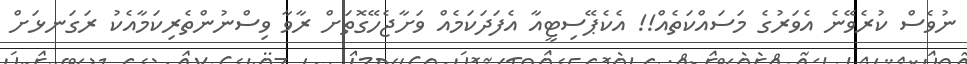
ނުވެސް ކުރެވޭނެ އެވަރުގެ މަސައްކަތެއް!! އެކެޕޭސިޓީއާ އެފަދަކަމެއް ވަށާޖެހޭގޮތަށް ރާވާ ވިސްނުންތެރިކަމާއެކު ރަގަނޅަށް